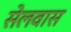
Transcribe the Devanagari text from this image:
सेलवास